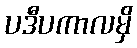
ပဒီပကာလမှိ